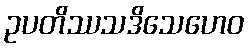
ဥပတိဿသဒိသေဟေဝ